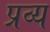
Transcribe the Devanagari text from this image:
प्रव्य